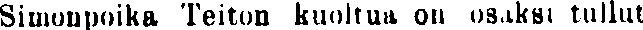
Simonpoika Teiton kuoltua on osaksi tullut